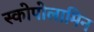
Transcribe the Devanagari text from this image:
स्कोपोलामिन